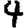
Digit: 4